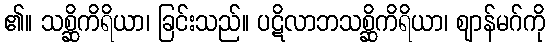
၏။ သစ္ဆိကိရိယာ၊ ခြင်းသည်။ ပဋိလာဘသစ္ဆိကိရိယာ၊ ဈာန်မဂ်ကို